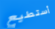
أستطيع